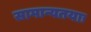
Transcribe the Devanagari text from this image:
सामान्यतयाः